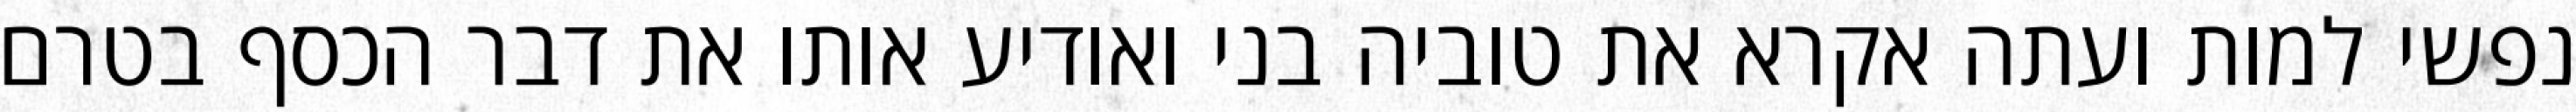
נפשי למות ועתה אקרא את טוביה בני ואודיע אותו את דבר הכסף בטרם